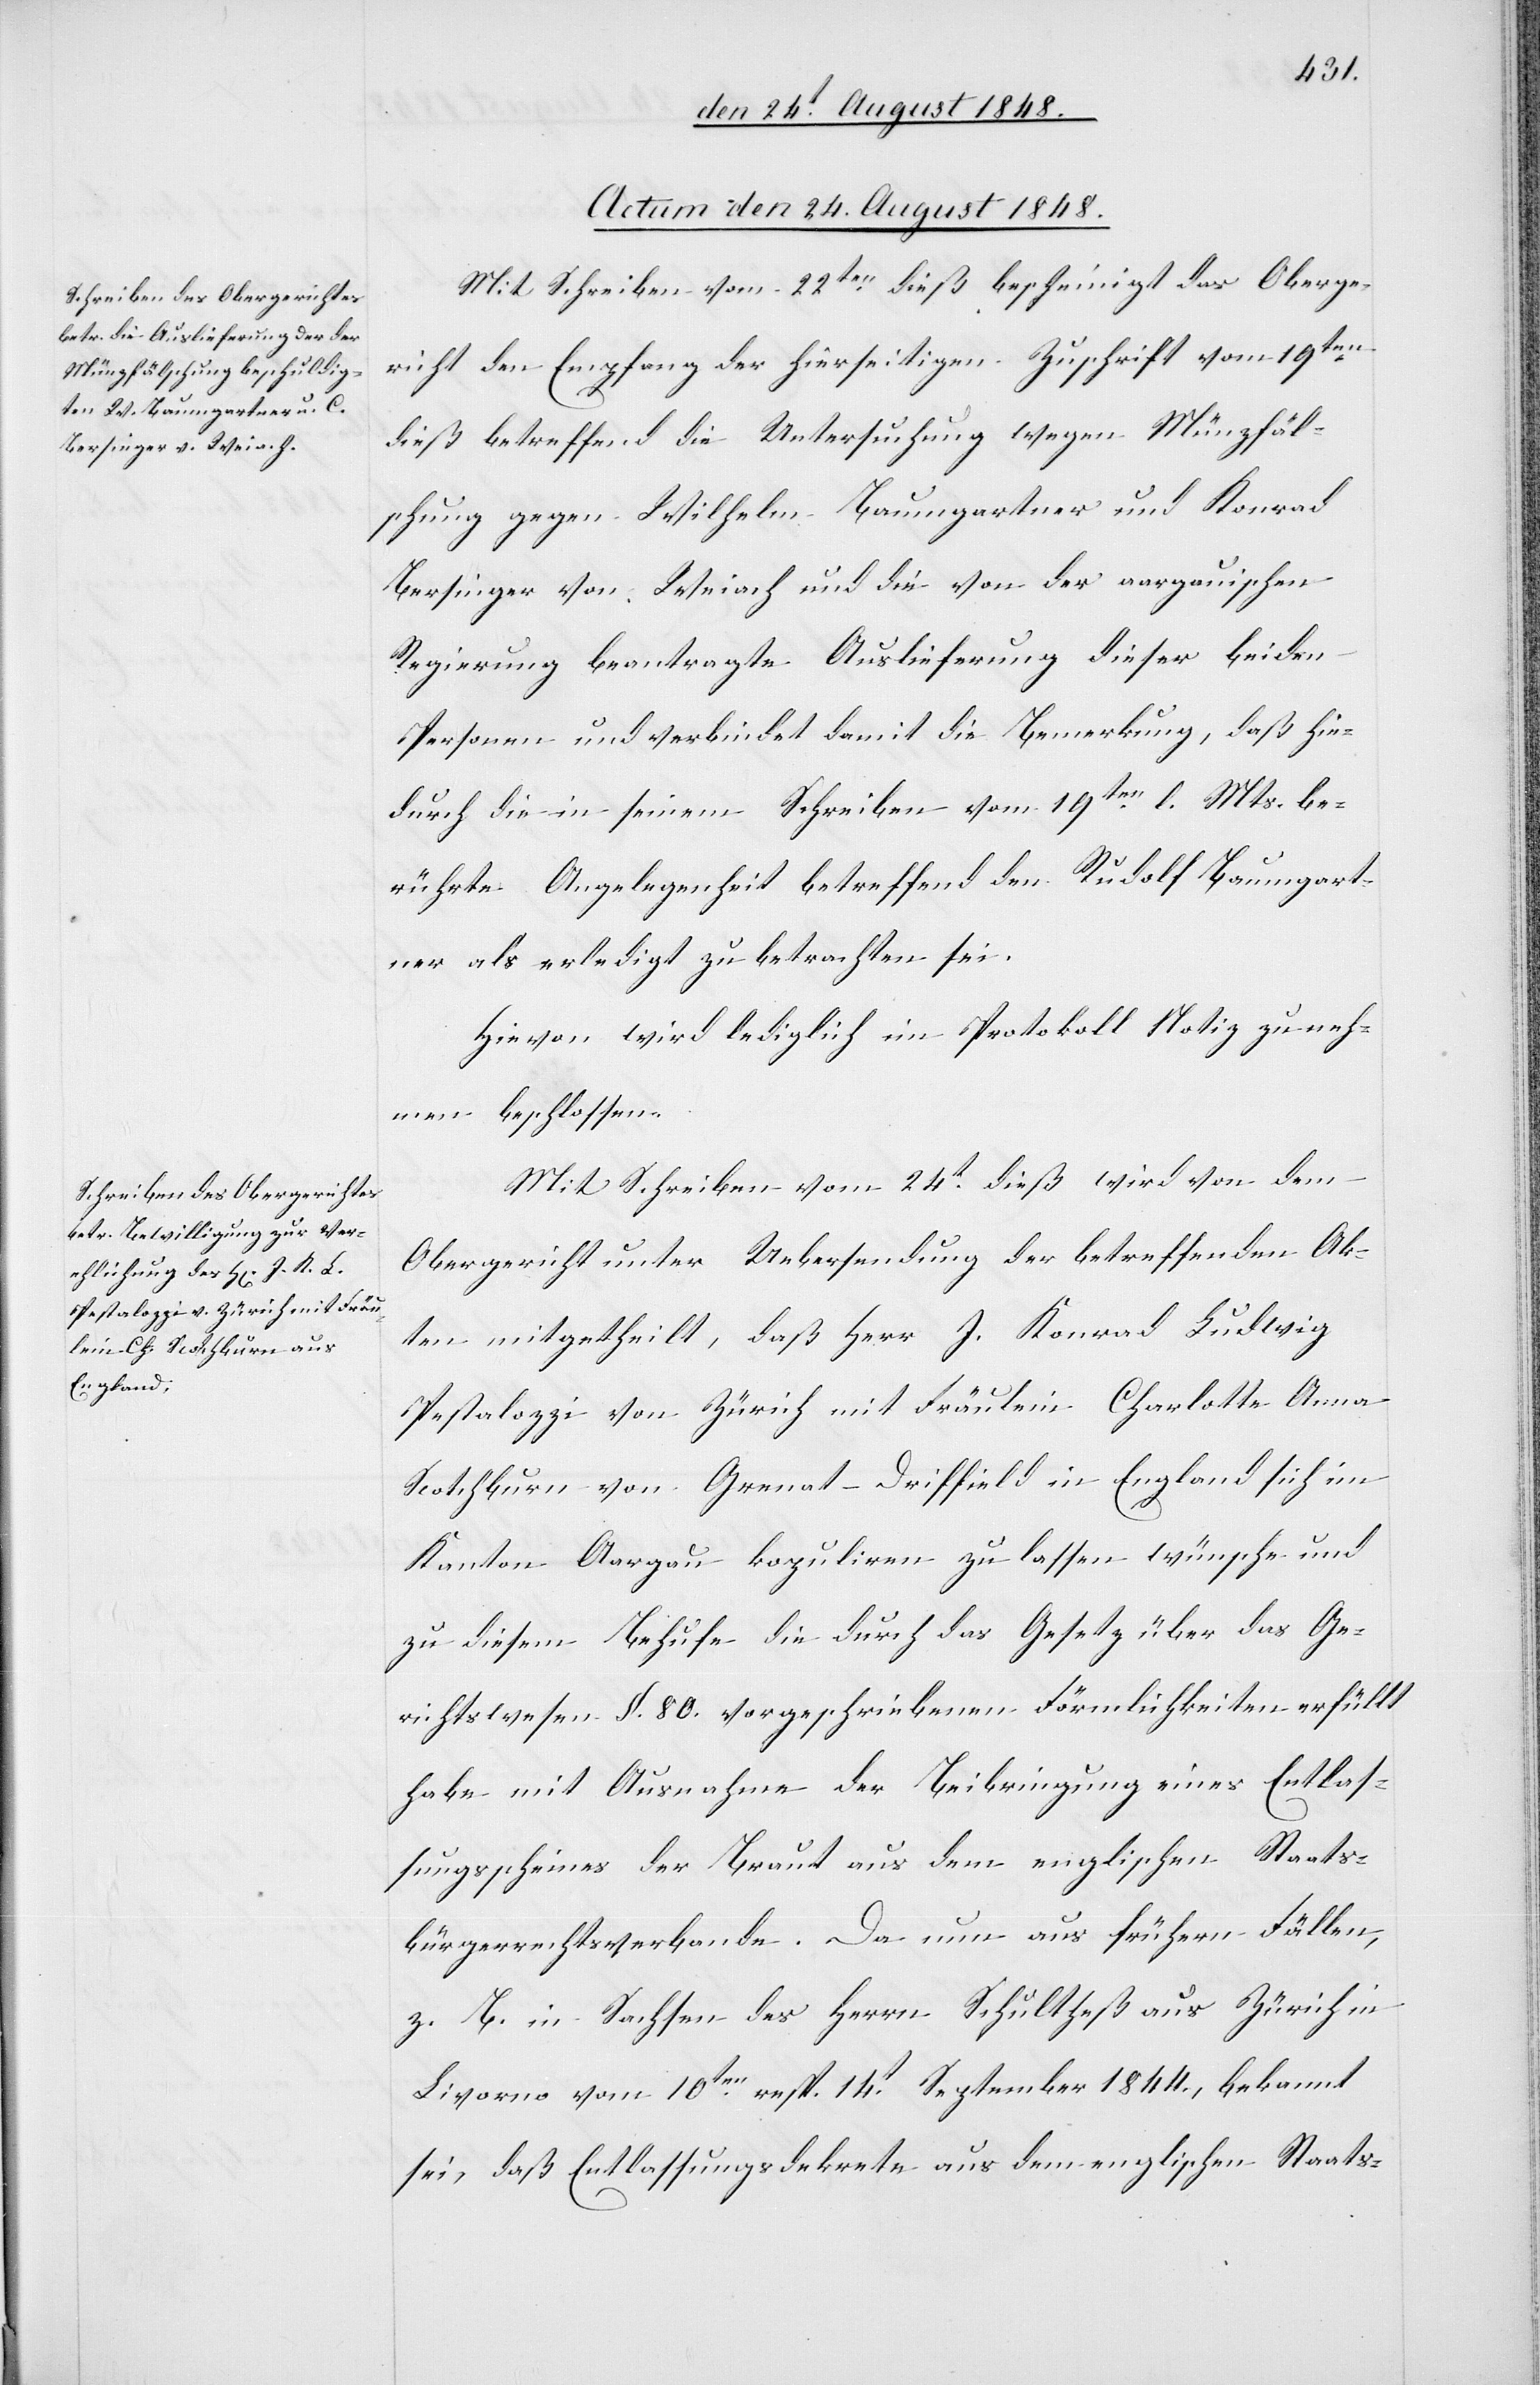
Actum den 24. August 1848.]
Mit Schreiben vom 22ten dieß bescheinigt das Oberge¬
richt den Empfang der hierseitigen Zuschrift vom 19ten
dieß betreffend die Untersuchung wegen Münzfäl¬
schung gegen Wilhelm Baumgartner und Konrad
Bersinger von Weiach und die von der aargauischen
Regierung beantragte Auslieferung dieser beiden
Personen und verbindet damit die Bemerkung, daß hie¬
durch die in seinem Schreiben vom 19ten l. Mts. be¬
rührte Angelegenheit betreffend den Rudolf Baumgart¬
ner als erledigt zu betrachten sei.
Hievon wird lediglich im Protokoll Notiz zu neh¬
men beschlossen.
Mit Schreiben vom 24t dieß wird von dem
Obergericht unter Uebersendung der betreffenden Ak¬
ten mitgetheilt, daß Herr J. Konrad Ludwig
Pestalozzi von Zürich mit Fräulein Charlotte Anna
Scotchburn von Grenat-Diffield in England sich im
Kanton Aargau kopuliren zu lassen wünsche und
zu diesem Behufe die durch das Gesetz über das Ge¬
richtswesen §. 80. vorgeschriebenen Förmlichkeiten erfüllt
habe mit Ausnahme der Beibringung eines Entlas¬
sungsscheines der Braut aus dem englischen Staats¬
bürgerrechtsverbande. Da nun aus frühern Fällen,
z. B. in Sachsen [sic!] des Herrn Schultheß aus Zürich in
Livorno vom 10ten resp. 14t September 1844., bekannt
sei, daß Entlassungsdekrete aus dem englischen Staats-